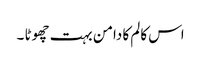
اس کالم کا دامن بہت چھوٹا ۔